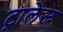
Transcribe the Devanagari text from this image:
ट्रालेज